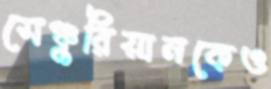
সেঞ্চুরিয়ানকেও